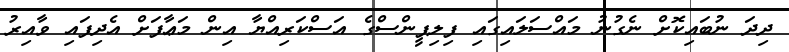
ދިދަ ނުބައިކޮށް ނެގުނު މައްސަލައިގައި ފިލިޕީންސްގެ އަސްކަރިއްޔާ އިން މަޢާފަށް އެދިފައި ވާއިރު